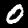
Label: 0